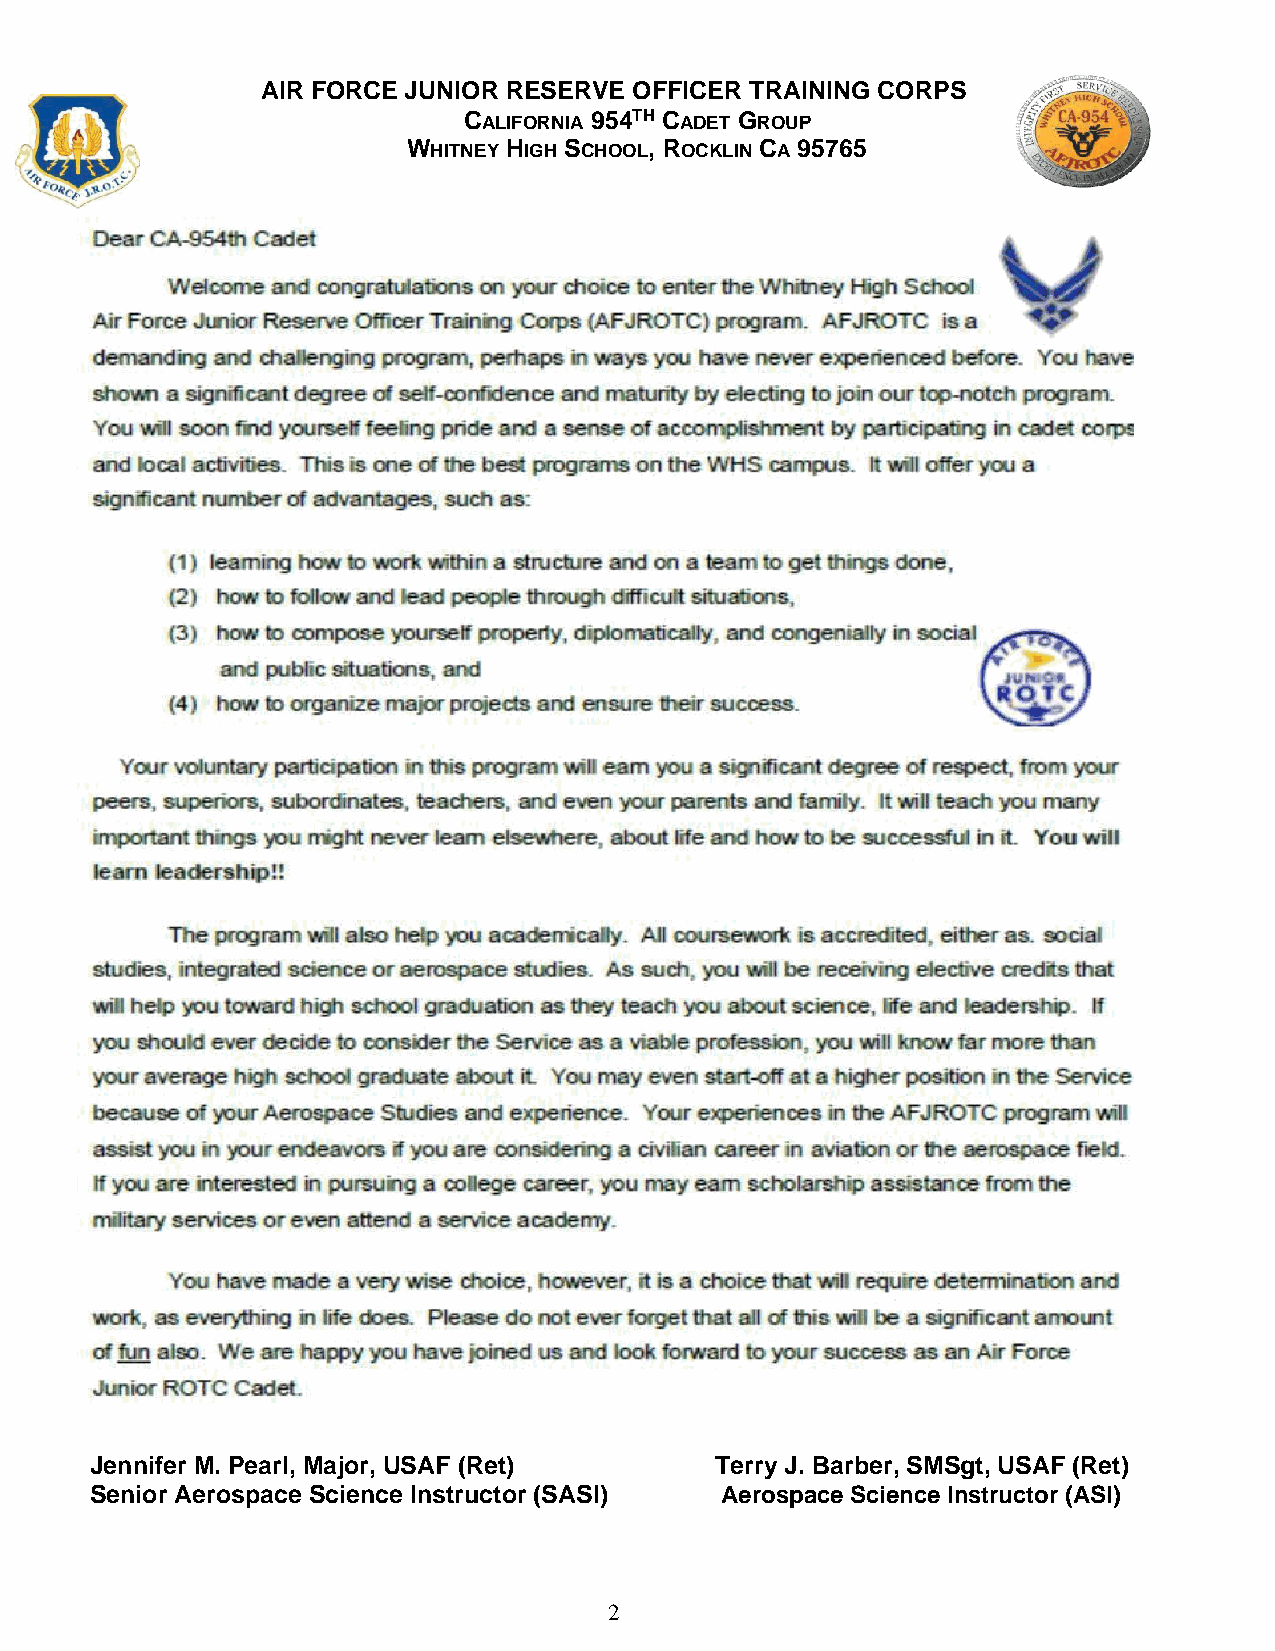
AIR FORCE JUNIOR RESERVE OFFICER TRAINING CORPS
 CALIFORNIA 954TH CADET GROUP
 WHITNEY HIGH SCHOOL, ROCKLIN CA 95765
 Jennifer M. Pearl, Major, USAF (Ret)     Terry J. Barber, SMSgt, USAF (Ret)
 Senior Aerospace Science Instructor (SASI) Aerospace Science Instructor (ASI)
 2